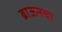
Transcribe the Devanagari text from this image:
ब्राऊनचा